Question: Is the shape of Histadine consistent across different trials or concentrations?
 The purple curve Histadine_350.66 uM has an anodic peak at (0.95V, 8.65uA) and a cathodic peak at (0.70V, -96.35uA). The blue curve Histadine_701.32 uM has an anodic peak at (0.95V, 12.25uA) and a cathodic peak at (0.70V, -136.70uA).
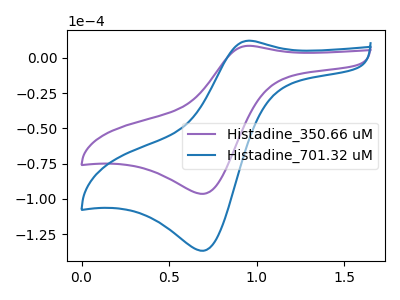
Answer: <think>All the peaks in "Histadine_350.66 uM" have a peak in "Histadine_701.32 uM" at the same potential. Every peak in "Histadine_350.66 uM" is lower than every peak in "Histadine_701.32 uM".
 </think>
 <answer>All the CV's of "Histadine" have similar shape.</answer>
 <eval>follow_rule</eval>